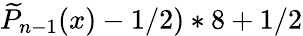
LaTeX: \widetilde{P}_{n-1}(x)-1/2)*8+1/2